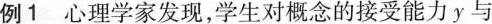
例1心理学家发现，学生对概念的接受能力y与